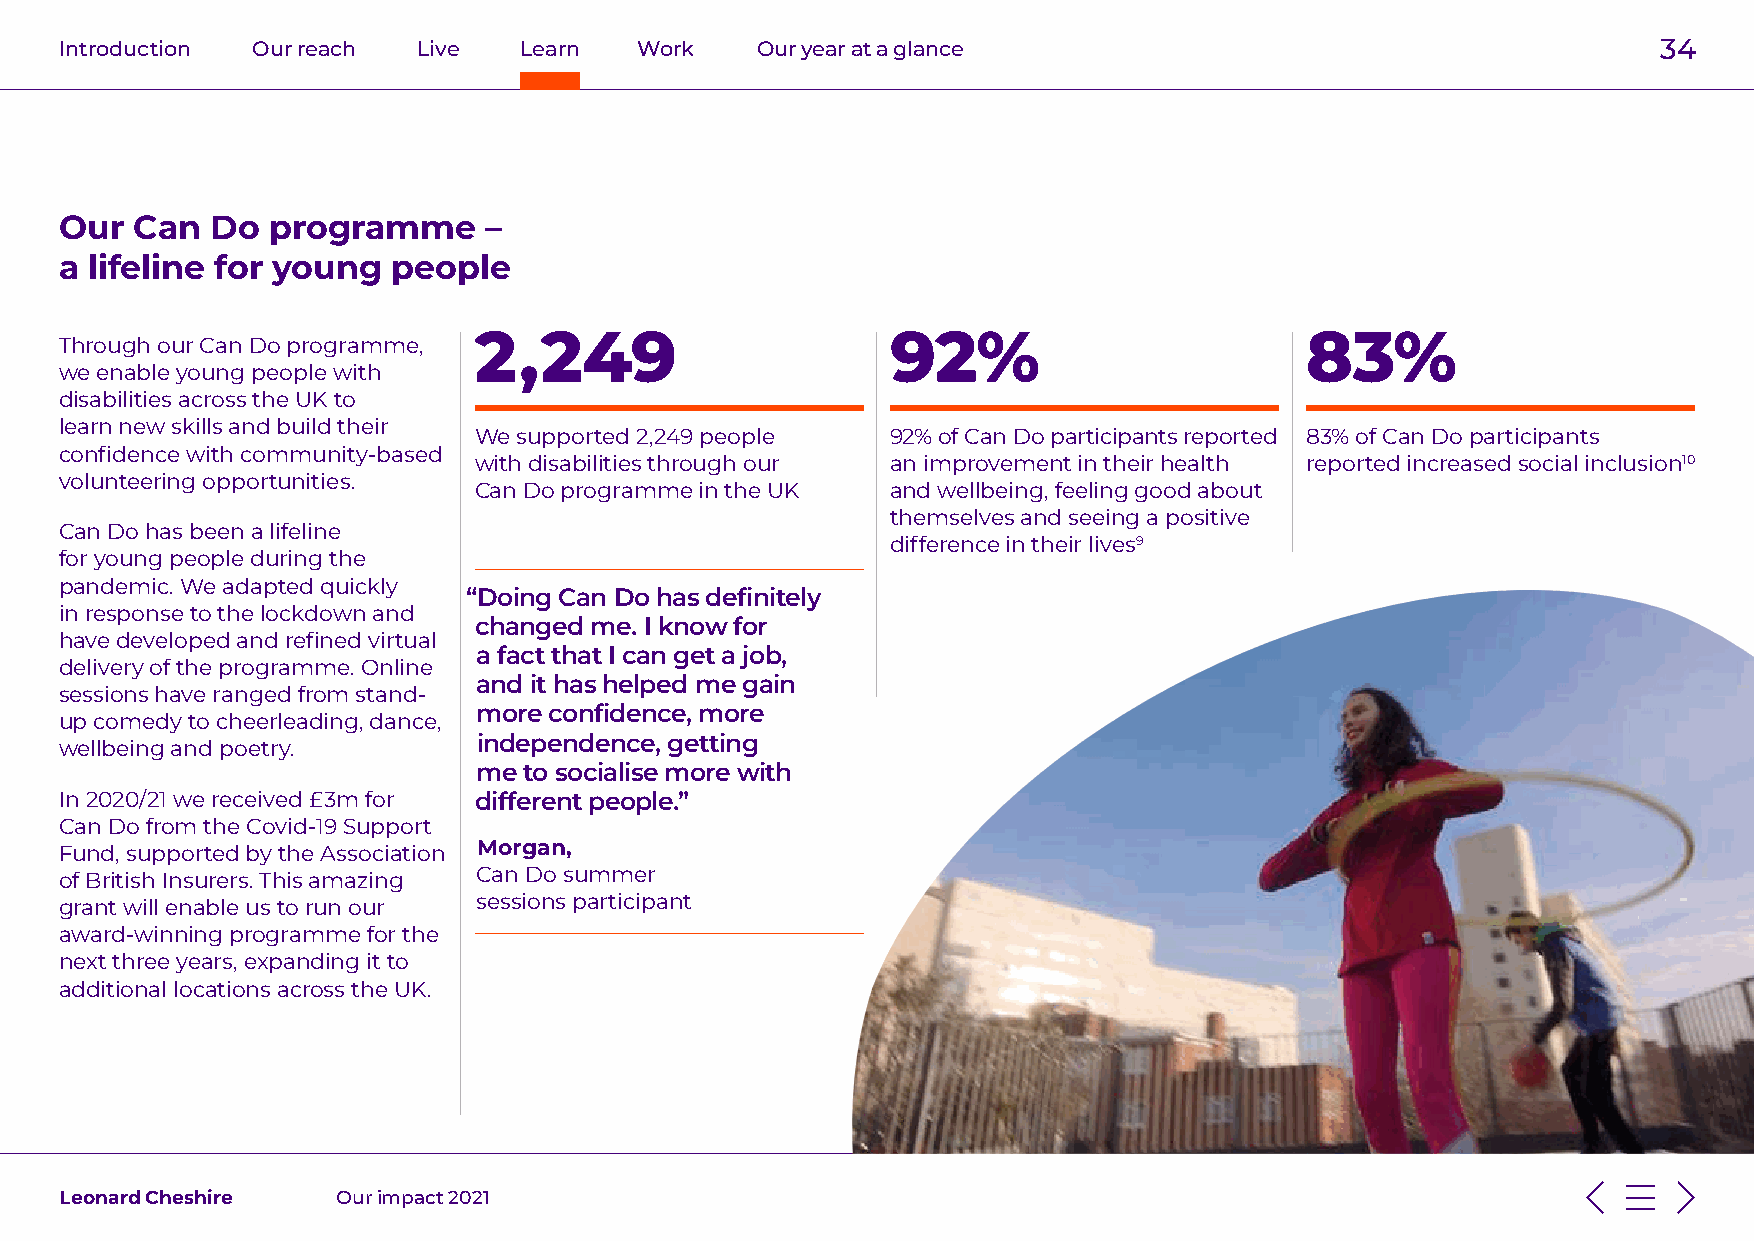
Introduction Our reach  Live  Learn   Work    Our year at a glance                                        34
 Our  Can  Do  programme     –
 a lifeline for young  people
 2,249                       92%                        83%
 Through our Can Do programme,
 we enable young people with
 disabilities across the UK to
 learn new skills and build their
 We supported 2,249 people   92% of Can Do participants reported 83% of Can Do participants
 confidence with community-based
 with disabilities through our an improvement in their health reported increased social inclusion10
 volunteering opportunities.
 Can Do programme in the UK  and wellbeing, feeling good about
 themselves and seeing a positive
 Can Do has been a lifeline
 difference in their lives9
 for young people during the
 pandemic. We adapted quickly
 “Doing Can Do has definitely
 in response to the lockdown and
 changed me. I know for
 have developed and refined virtual
 a fact that I can get a job,
 delivery of the programme. Online
 and it has helped me gain
 sessions have ranged from stand-
 more confidence, more
 up comedy to cheerleading, dance,
 independence, getting
 wellbeing and poetry.
 me to socialise more with
 In 2020/21 we received £3m for different people.”
 Can Do from the Covid-19 Support
 Fund, supported by the Association Morgan,
 of British Insurers. This amazing Can Do summer
 grant will enable us to run our sessions participant
 award-winning programme for the
 next three years, expanding it to
 additional locations across the UK.
 Leonard Cheshire  Our impact 2021